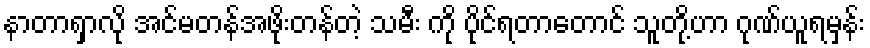
နာတာရှာလို အင်မတန်အဖိုးတန်တဲ့ သမီး ကို ပိုင်ရတာတောင် သူတို့ဟာ ဂုဏ်ယူရမှန်း